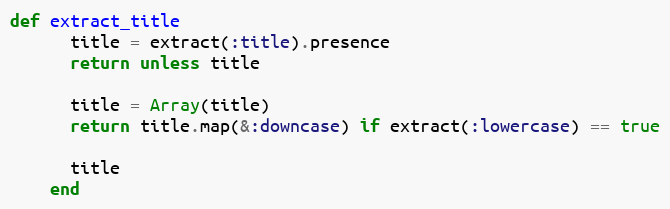
Language: Ruby
def extract_title
      title = extract(:title).presence
      return unless title

      title = Array(title)
      return title.map(&:downcase) if extract(:lowercase) == true

      title
    end